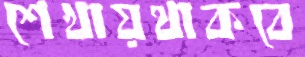
শেখায়থাকবে